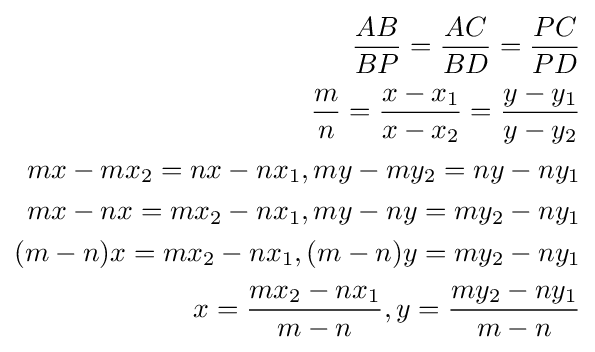
{\begin{aligned}{\frac {AB}{BP}}={\frac {AC}{BD}}={\frac {PC}{PD}}\\{\frac {m}{n}}={\frac {x-x_{1}}{x-x_{2}}}={\frac {y-y_{1}}{y-y_{2}}}\\mx-mx_{2}=nx-nx_{1},my-my_{2}=ny-ny_{1}\\mx-nx=mx_{2}-nx_{1},my-ny=my_{2}-ny_{1}\\(m-n)x=mx_{2}-nx_{1},(m-n)y=my_{2}-ny_{1}\\x={\frac {mx_{2}-nx_{1}}{m-n}},y={\frac {my_{2}-ny_{1}}{m-n}}\\\end{aligned}}